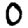
Digit: 0